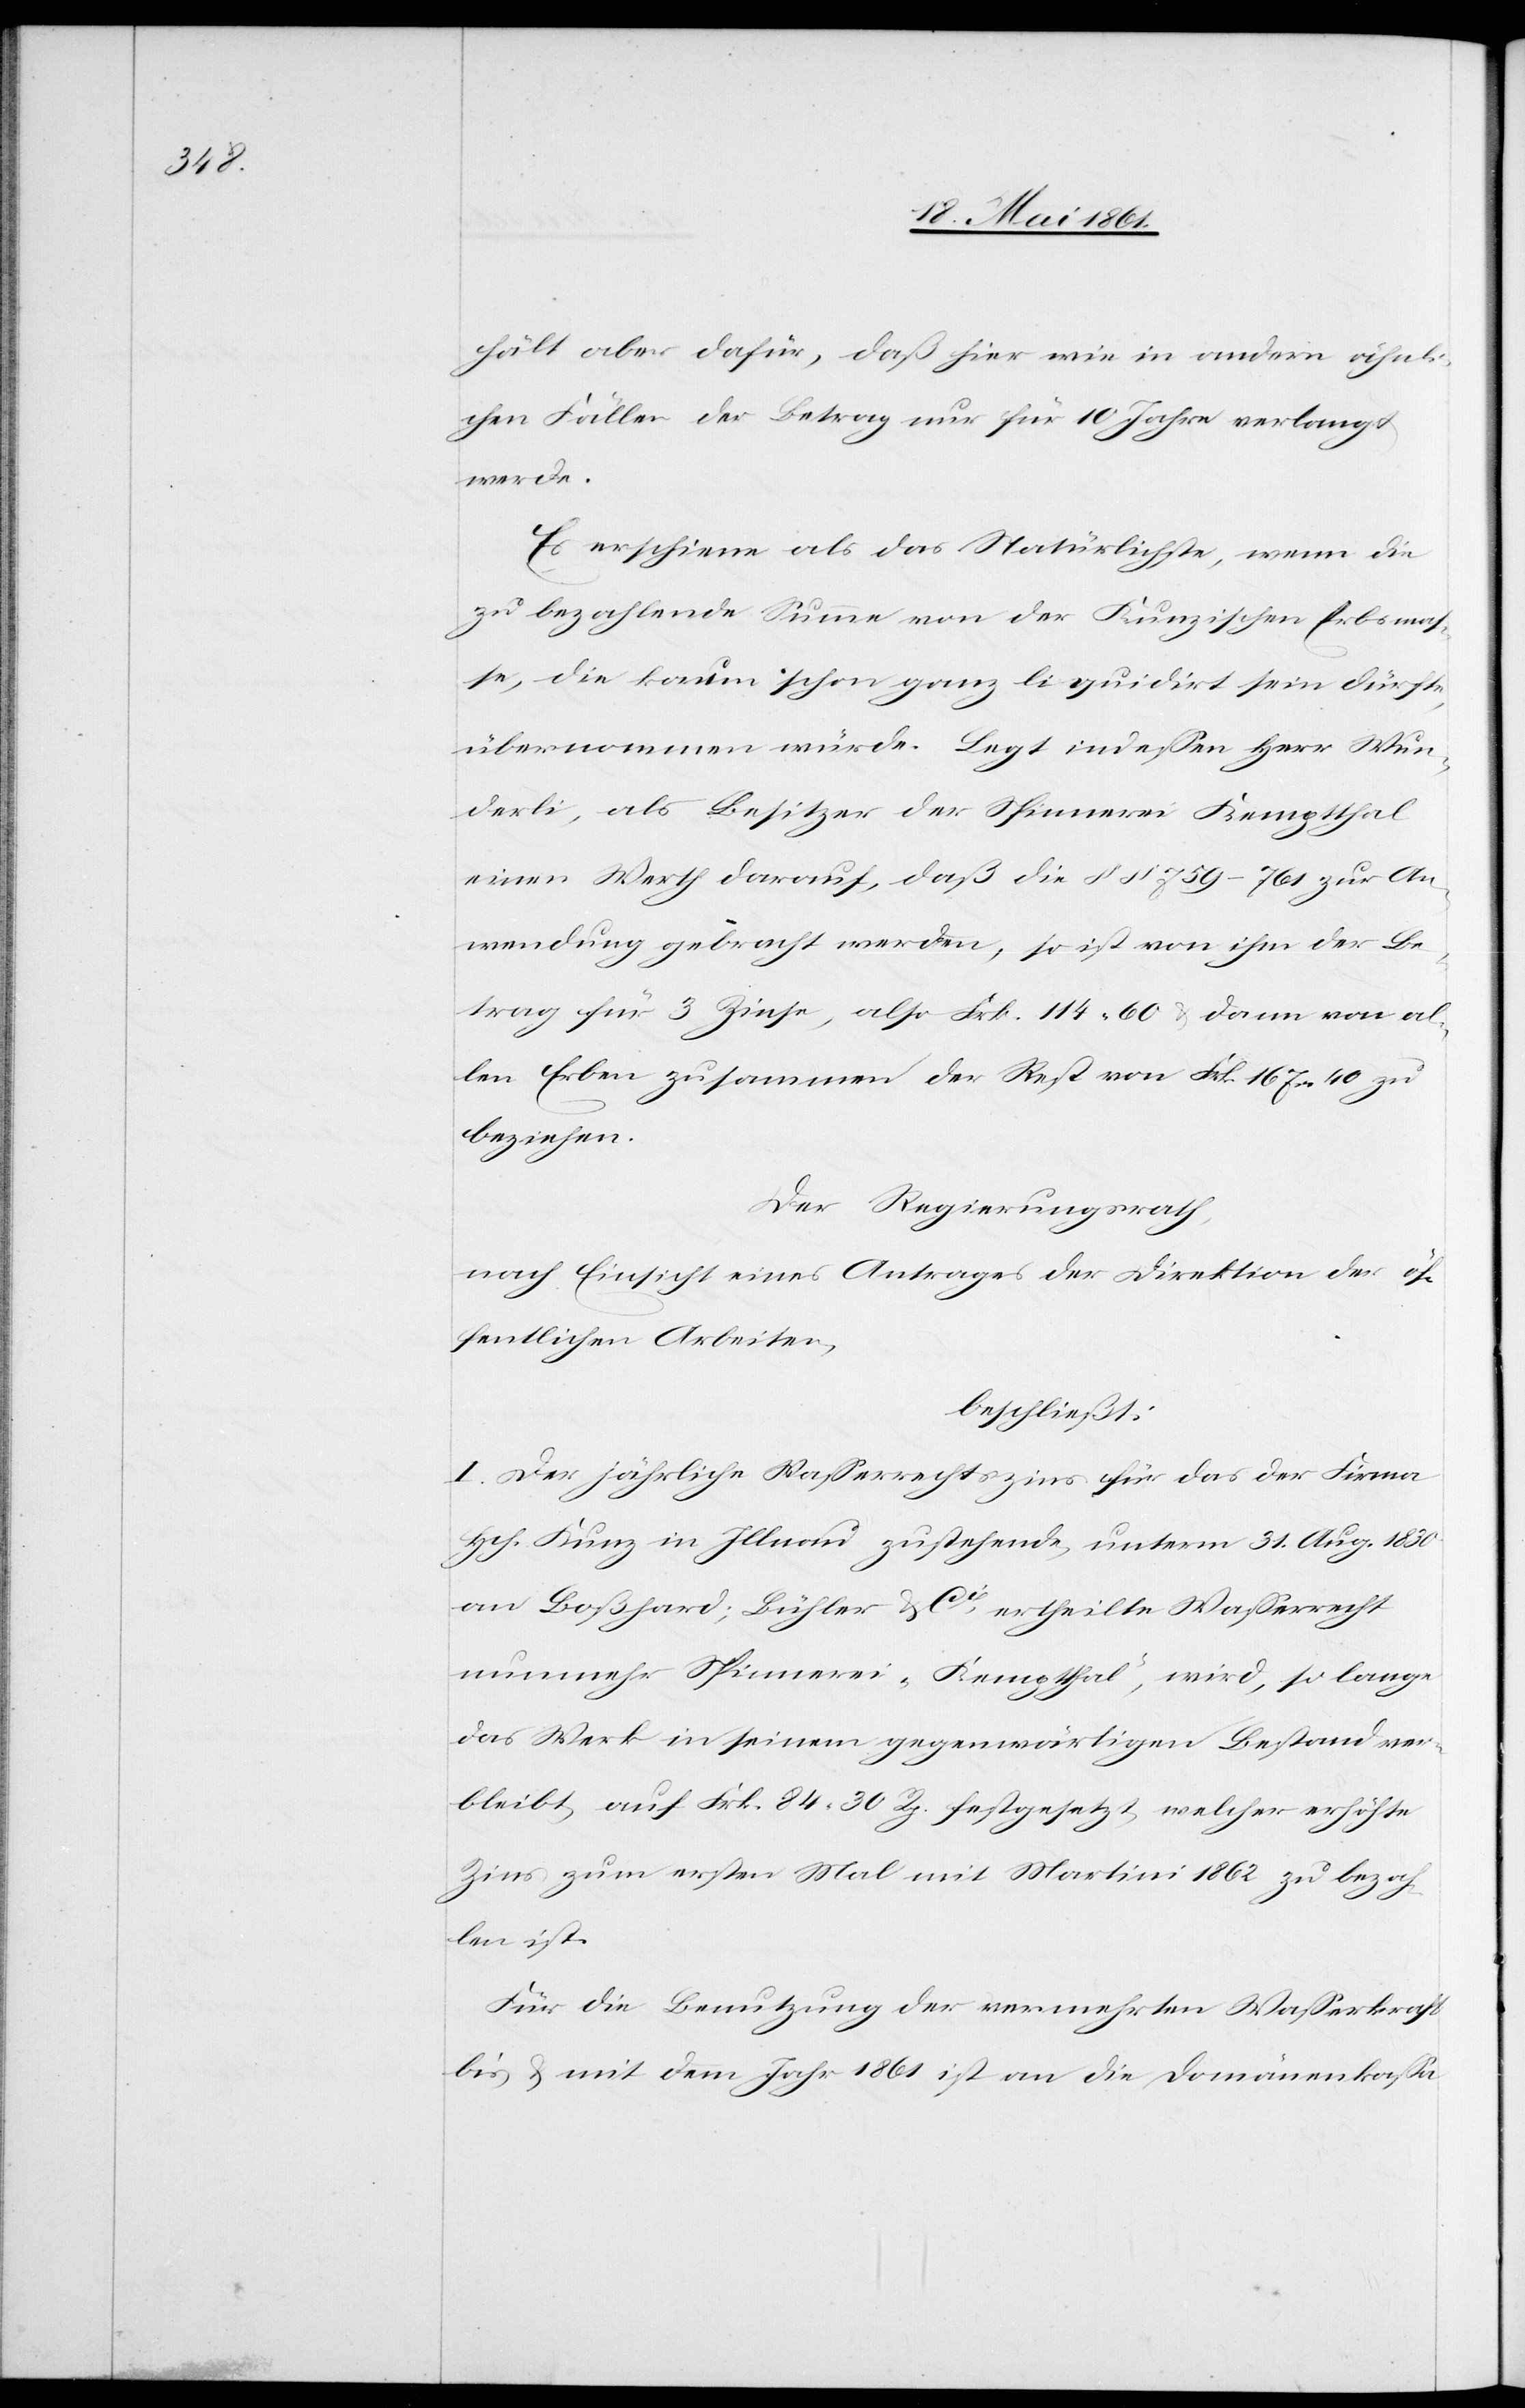
hält aber dafür, daß hier wie in andern ähnli¬
chen Fällen der Betrag nur für 10 Jahre verlangt
werde.
Es erschiene als das Natürlichste, wenn die
zu bezahlende Summe von der Kunzischen Erbsmas¬
se, die kaum schon ganz liquidirt sein dürfte,
übernommen würde. Legt indessen Herr Wun¬
derli, als Besitzer der Spinnerei Kemptthal
einen Werth darauf, daß die §§. 759–761 zur An¬
wendung gebracht werden, so ist von ihm der Be¬
trag für 3 Zinse, also Frk. 114,60 u. dann von al¬
len Erben zusammen der Rest von Frk. 167,40 zu
beziehen.
Der Regierungsrath,
nach Einsicht eines Antrages der Direktion der öf¬
fentlichen Arbeiten,
beschließt:
I. Der jährliche Wasserrechtszins für das der Firma
Hch. Kunz in Illnau zustehende, unterm 31. Aug. 1830
an Boßhard, Bühler u. Cie ertheilte Wasserrecht
nunmehr Spinnerei „Kemptthal“, wird, so lange
das Werk in seinem gegenwärtigen Bestand ver¬
bleibt, auf Frk. 84 30 Rp. festgesetzt, welcher erhöhte
Zins zum ersten Mal mit Martini 1862 zu bezah¬
len ist.
Für Benutzung der vermehrten Wasserkraft
bis u. mit dem Jahr 1861 ist an die Domänenkassa